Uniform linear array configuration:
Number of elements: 24
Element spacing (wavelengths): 0.5
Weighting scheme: hann
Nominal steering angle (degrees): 15
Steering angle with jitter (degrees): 16.17
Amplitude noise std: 0.05
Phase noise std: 0.05

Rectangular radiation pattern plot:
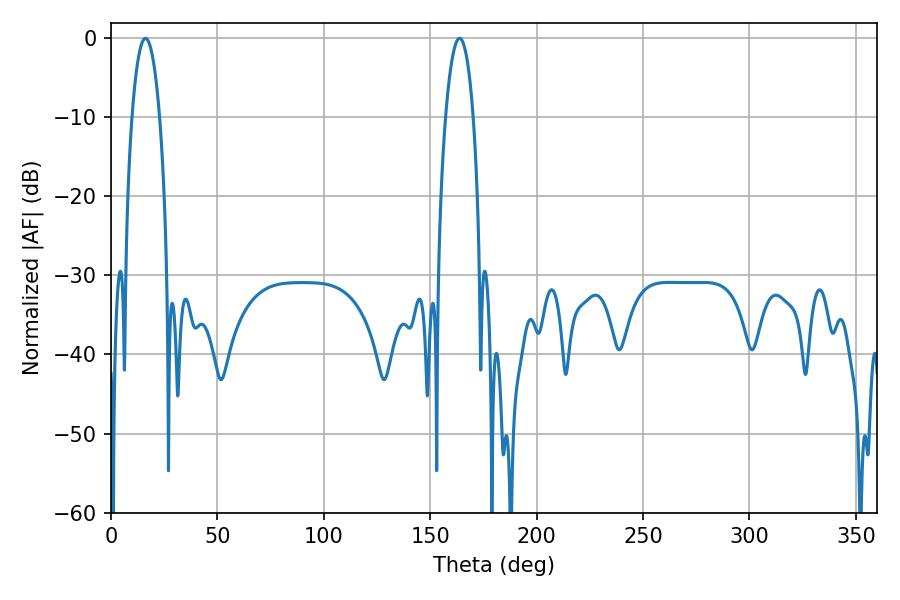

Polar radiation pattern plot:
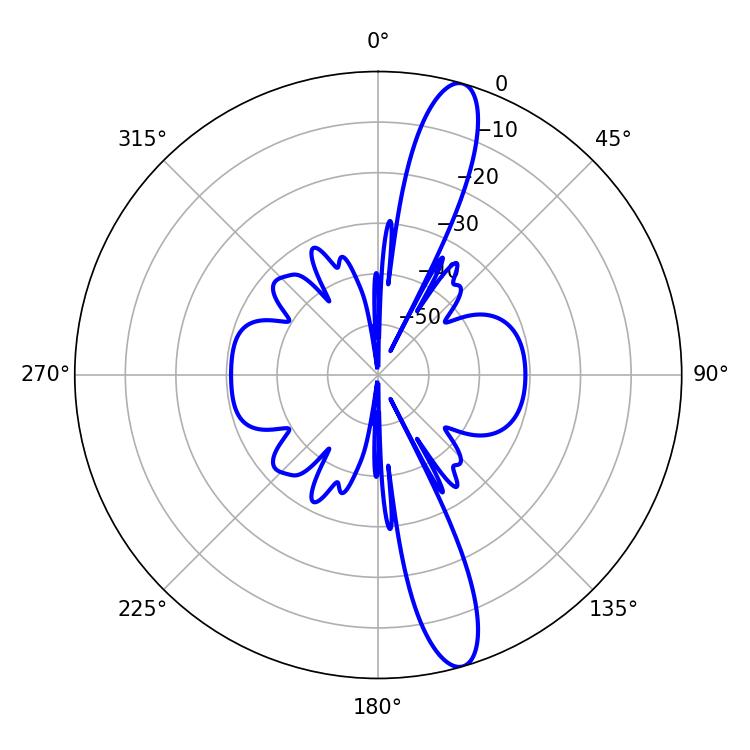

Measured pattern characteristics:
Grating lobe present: FALSE
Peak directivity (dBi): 14.232
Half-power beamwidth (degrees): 7.2
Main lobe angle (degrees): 16.2